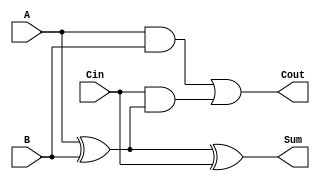
module FA_1bit (input A, B, Cin, output reg Sum, Cout);					//1 bit Full Adder
  always @ (A or B or Cin)
    begin										//blocking assignment of values
      Sum = A ^ B ^ Cin;
      Cout = (A & B) | (Cin & (A ^ B));
    end
endmodule